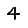
Digit: 4